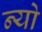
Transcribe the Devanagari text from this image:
न्यो